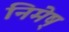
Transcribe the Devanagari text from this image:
निमेष्